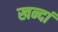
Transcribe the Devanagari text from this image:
खन्दां